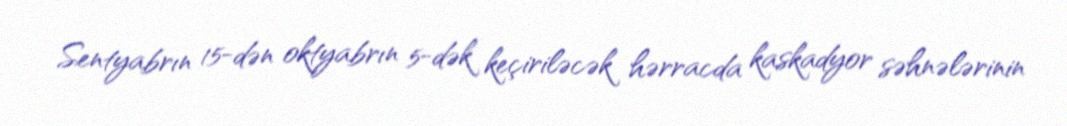
Sentyabrın 15-dən oktyabrın 5-dək keçiriləcək hərracda kaskadyor səhnələrinin